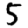
Digit: 5